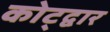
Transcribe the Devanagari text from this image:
कोट्द्वार